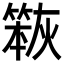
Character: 𮅹